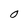
Character: 0